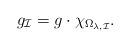
LaTeX: \begin{align*} g_{\mathcal I} = g \cdot \chi_{\Omega_{\lambda,\mathcal I}}.\end{align*}